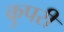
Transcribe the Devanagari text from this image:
कुपरी